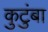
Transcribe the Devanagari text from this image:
कुटुंबा